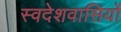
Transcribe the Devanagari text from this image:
स्वदेशवासियों